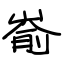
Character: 嵛